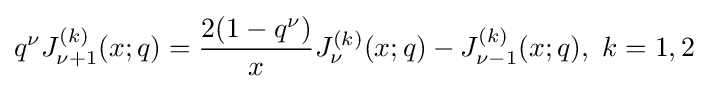
q^{\nu }J_{\nu +1}^{(k)}(x;q)={\frac {2(1-q^{\nu })}{x}}J_{\nu }^{(k)}(x;q)-J_{\nu -1}^{(k)}(x;q),\ k=1,2